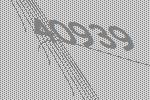
40939